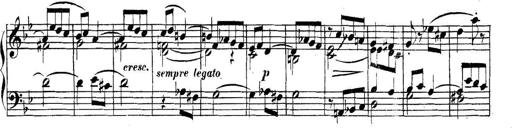
Title: Collected Piano Sonatas
Composer: Muzio Clementi